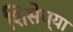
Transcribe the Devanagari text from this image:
शिसेच्या